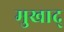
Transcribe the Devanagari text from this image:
मुखाद्